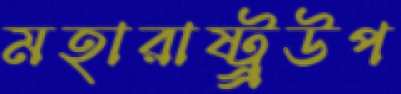
মহারাষ্ট্র্রউপ